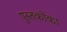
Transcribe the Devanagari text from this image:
पुस्‍तकोंका